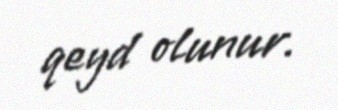
qeyd olunur.